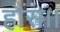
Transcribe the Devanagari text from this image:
हौंस।।